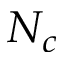
N _ { c }